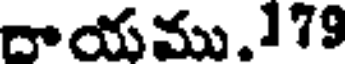
దాయము.179